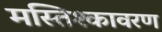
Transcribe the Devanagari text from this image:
मस्तिश्कावरण